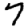
Digit: 7